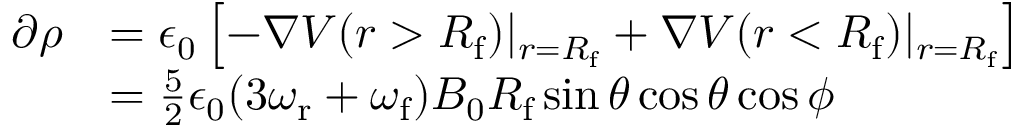
\begin{array} { r l } { \partial \rho } & { = \epsilon _ { 0 } \left[ - \boldsymbol { \nabla } V ( r > R _ { \mathrm { f } } ) \vert _ { r = R _ { \mathrm { f } } } + \boldsymbol { \nabla } V ( r < R _ { \mathrm { f } } ) \vert _ { r = R _ { \mathrm { f } } } \right] } \\ & { = \frac { 5 } { 2 } \epsilon _ { 0 } ( 3 \omega _ { \mathrm { r } } + \omega _ { \mathrm { f } } ) B _ { 0 } R _ { \mathrm { f } } \sin \theta \cos \theta \cos \phi } \end{array}